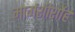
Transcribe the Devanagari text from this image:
मार्गशीर्शोहं